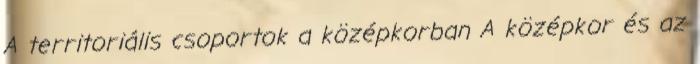
A territoriális csoportok a középkorban A középkor és az